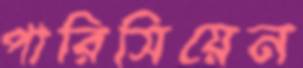
পারিসিয়েন